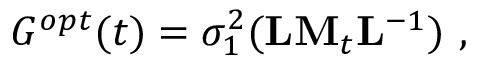
G ^ { o p t } ( t ) = \sigma _ { 1 } ^ { 2 } ( { \bf L M } _ { t } { \bf L } ^ { - 1 } ) \mathrm { ~ , ~ }